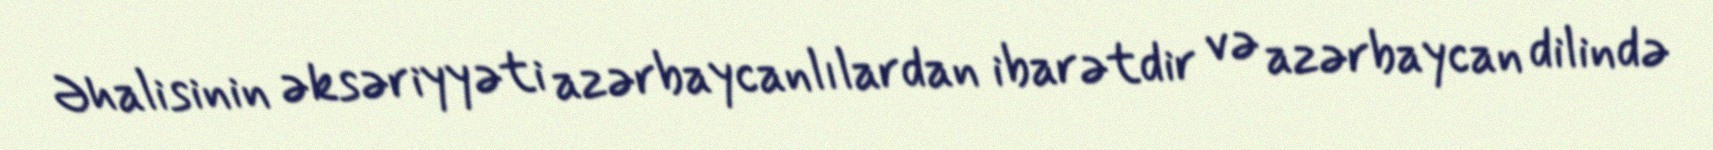
Əhalisinin əksəriyyəti azərbaycanlılardan ibarətdir və azərbaycan dilində